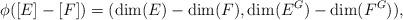
LaTeX: \begin{align*} \phi([E]-[F])=(\dim(E)-\dim(F),\dim(E^G)-\dim(F^G)), \end{align*}